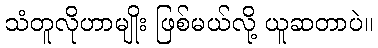
သံတူလိုဟာမျိုး ဖြစ်မယ်လို့ ယူဆတာပဲ။